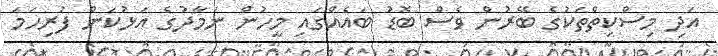
އަދި މިސްކިތްތަކުގެ ބޭރުން ވެސް ބޮޑު ބައެއްގައި މީހުން ނަމާދުގެ އަޅުކަން ފުރިހަމަ